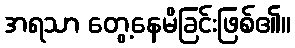
အရသာ တွေ့နေမိခြင်းဖြစ်၏။